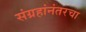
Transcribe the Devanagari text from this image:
संग्रहांनंतरचा